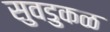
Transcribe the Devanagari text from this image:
सुवडुकळ